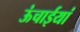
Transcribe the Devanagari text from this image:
ऊंचाईयां